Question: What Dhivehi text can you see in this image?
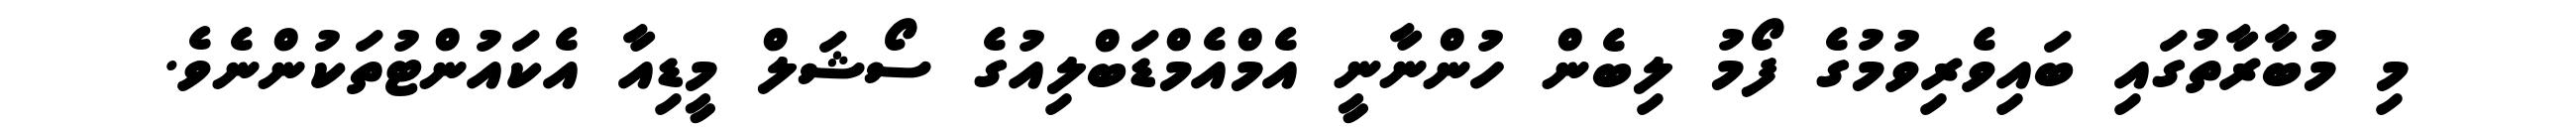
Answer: މި މުބާރާތުގައި ބައިވެރިވުމުގެ ފޯމު ލިބެން ހުންނާނީ އެމްއެމްޑަބްލިއުގެ ސޯޝަލް މީޑިއާ އެކައުންޓުތަކުންނެވެ.